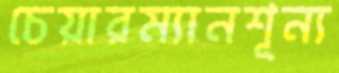
চেয়ারম্যানশূন্য